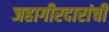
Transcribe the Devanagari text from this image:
जहागीरदारांची